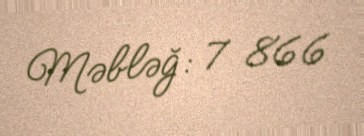
Məbləğ: 7 866